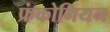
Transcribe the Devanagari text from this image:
फ्रंकोनियन